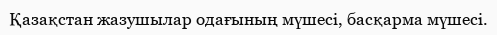
Қазақстан жазушылар одағының мүшесі, басқарма мүшесі.